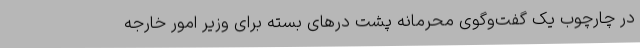
در چارچوب یک گفت‌وگوی محرمانه پشت درهای بسته برای وزیر امور خارجه